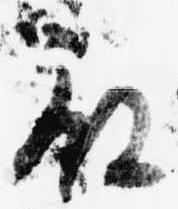
殿